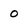
Character: 0